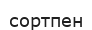
сортпен